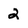
Character: 2